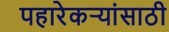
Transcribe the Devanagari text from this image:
पहारेकऱ्यांसाठी